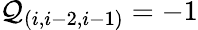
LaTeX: {\cal Q}_{(i,i-2,i-1)}=-1